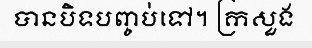
បានបិទបញ្ចប់ទៅ។ ក្រសួង